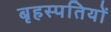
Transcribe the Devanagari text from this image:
बृहस्पतियों